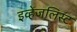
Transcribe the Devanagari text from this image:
इव्हेंजलिस्ट